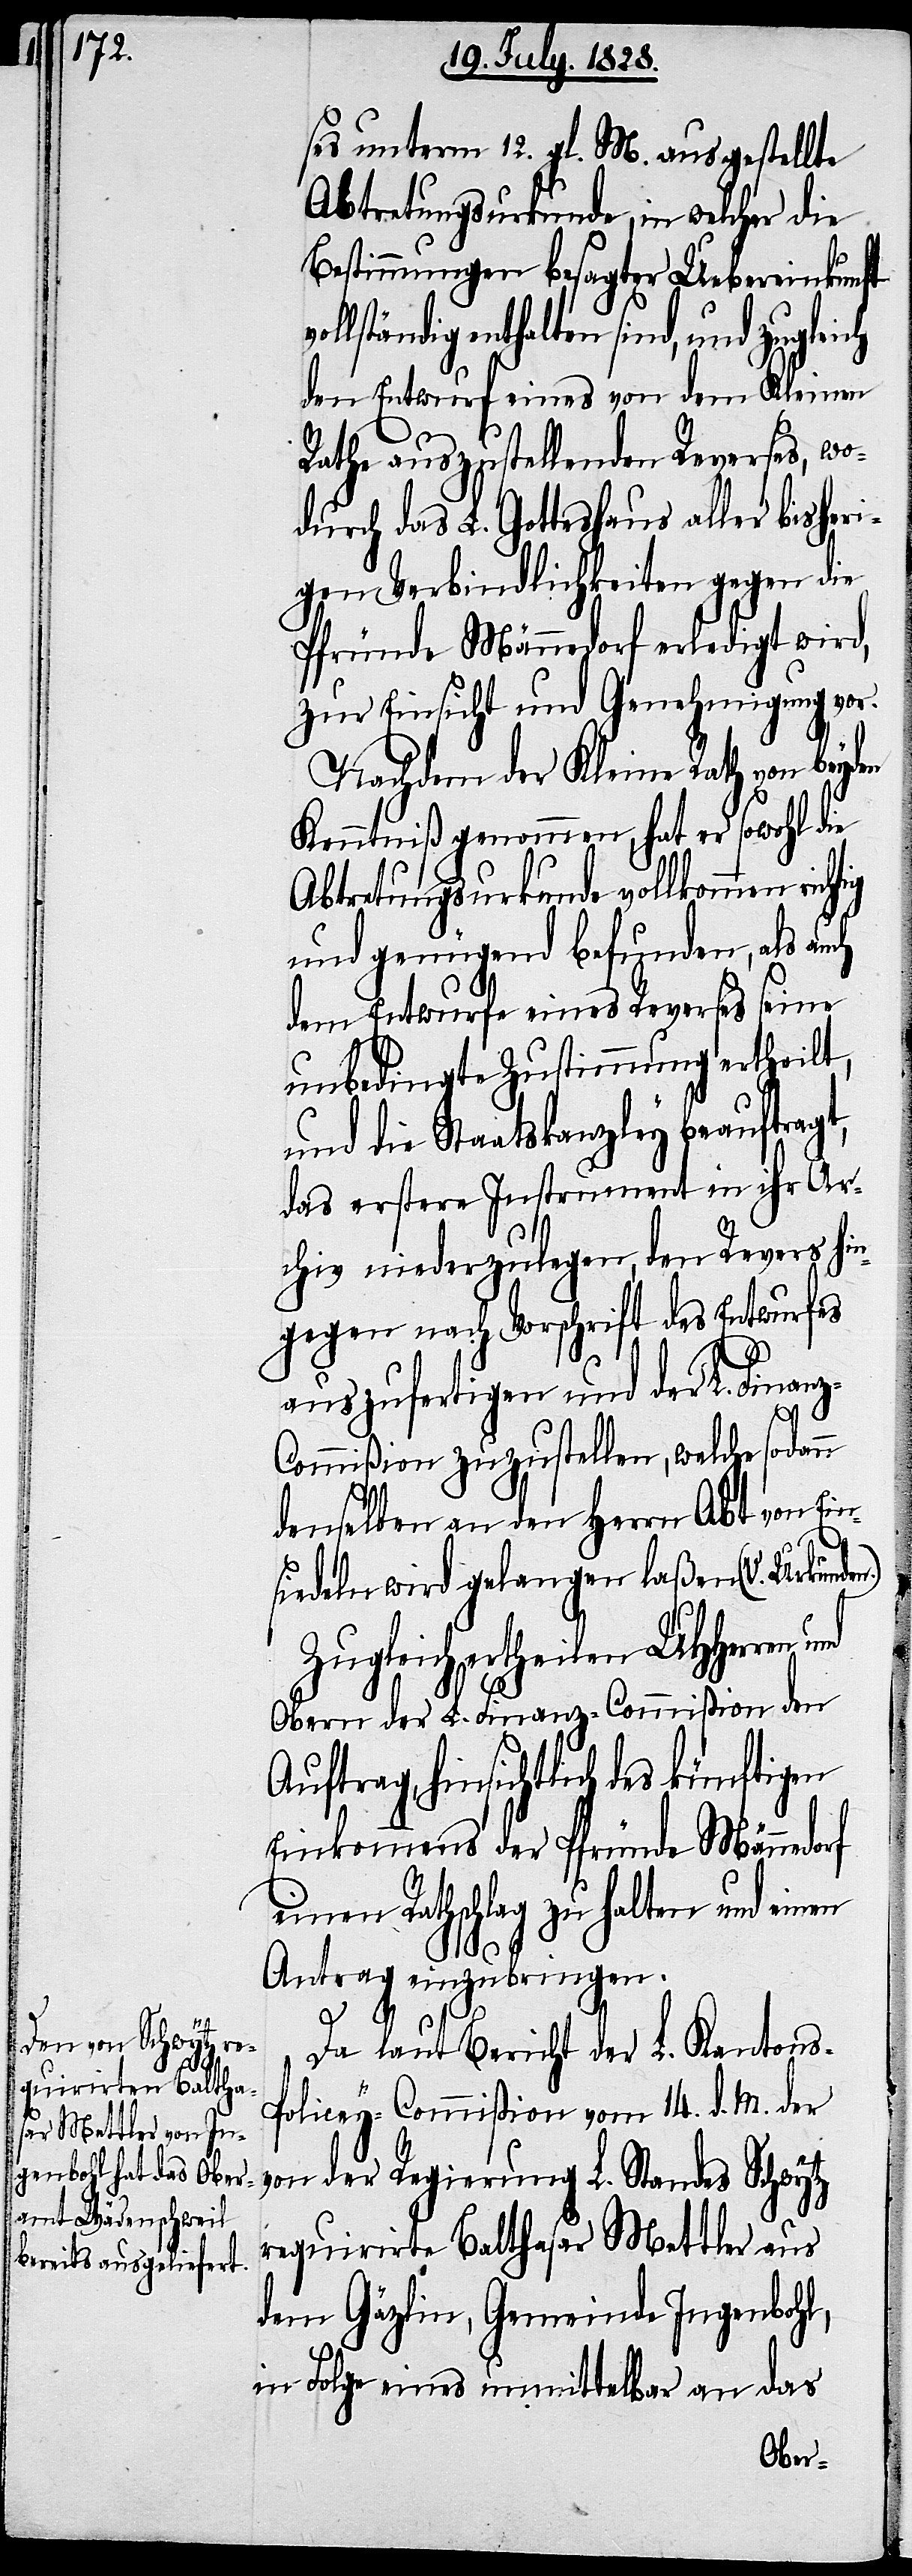
ses unterm 12. gl. M. ausgestellte
Abtretungsurkunde, in welcher die
Bestimmungen besagter Uebereinkunft
enthalten sind, und zugleich
den Entwurf eines von dem Kleinen
Rathe auszustellenden Reverses, wo¬
durch das L. Gotteshaus aller bisheri¬
gen Verbindlichkeiten gegen die
Pfründe Männedorf erledigt wird,
zur Einsicht und Genehmigung vor.
Nachdem der Kleine Rath von beyden
Kenntniß genommen, hat er sowohl die
Abtretungsurkunde vollkommen richtig
und genügend befunden, als au¬
dem Entwurfe eines Reverses seine
unbedingte Zustimmung ertheilt,
und die Staatskanzley beauftragt,
das erstere Instrument in ihr Ar¬
chiv niederzulegen, den Revers hin¬
gegen nach Vorschrift des Entwurfes
auszufertigen und der L. Finan¬
ommißion zuzustellen, welche sodann
denselben an den Herrn Abt von Ein¬
siedeln wird gelangen laßen (V. Urkunde¬
Zugleich ertheilen UHHerren
Obern der L. Finanz-Commißion den
Auftrag, hinsichtlich des künftigen
Einkommens der Pfründe Männedorf
einen Rathschlag zu halten und einen
Antrag einzubringen.
L.
Standes Schwytz r¬
Da laut Bericht der L. Kantons-P¬
olicey-Commißion vom 14. d. M. der
equirirte Balthasar Mettler aus
dem Gäzlin, Gemeinde Ingenbohl,
in Folge eines unmittelbar an das